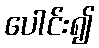
ပေါင်း၍